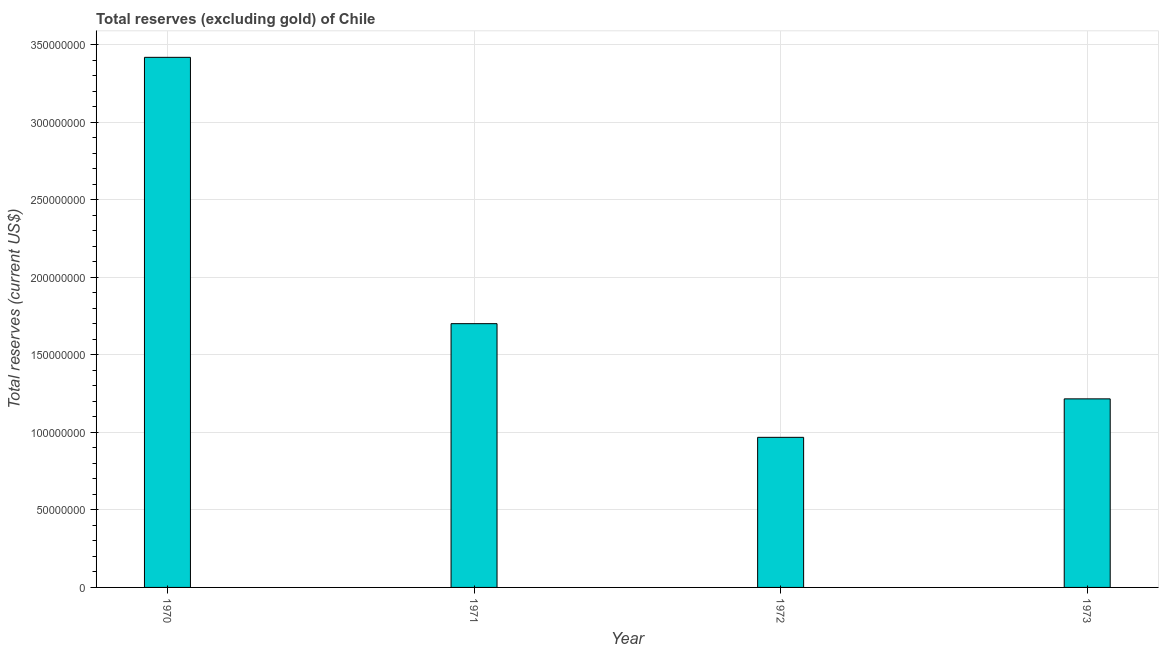
| Year | Total reserves minus gold (current US$) |
 | --- | --- |
 | 1970 | 3.42e+08 |
 | 1971 | 1.7e+08 |
 | 1972 | 9.68e+07 |
 | 1973 | 1.22e+08 |